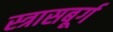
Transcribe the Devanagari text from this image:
स्त्रासबूर्ग